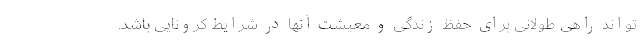
تواند راهی طولانی برای حفظ زندگی و معیشت آنها در شرایط کرونایی باشد.